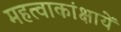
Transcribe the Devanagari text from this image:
महत्वाकांक्षायें